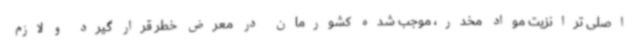
اصلی ترانزیت مواد مخدر، موجب شده کشورمان در معرض خطر قرار گیرد و لازم